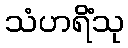
သံဟရိံသု